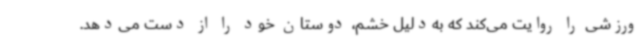
ورزشی را روایت می‌کند که به‌دلیل خشم، دوستان خود را از دست می‌دهد.